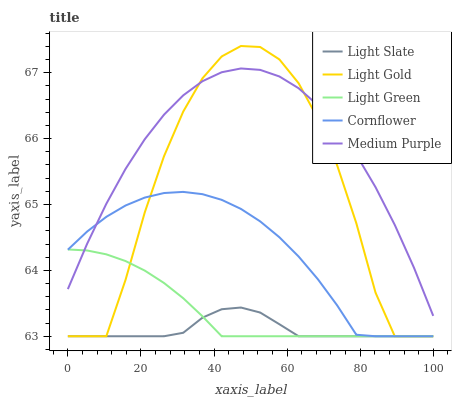
| xaxis_label | Light Slate | Light Gold | Light Green | Cornflower | Medium Purple |
 | --- | --- | --- | --- | --- | --- |
 | 0 | 63 | 63 | 64.3 | 64.3 | 63.7 |
 | 5.26 | 63 | 63 | 64.3 | 64.6 | 64.4 |
 | 10.5 | 63 | 63 | 64.2 | 64.8 | 65 |
 | 15.8 | 63 | 63.9 | 64.1 | 65 | 65.5 |
 | 21.1 | 63 | 64.9 | 64 | 65.1 | 66 |
 | 26.3 | 63 | 65.7 | 63.8 | 65.2 | 66.4 |
 | 31.6 | 63.1 | 66.4 | 63.6 | 65.2 | 66.7 |
 | 36.8 | 63.3 | 66.9 | 63.3 | 65.2 | 66.9 |
 | 42.1 | 63.4 | 67.2 | 63 | 65.1 | 67 |
 | 47.4 | 63.4 | 67.4 | 63 | 64.9 | 67.1 |
 | 52.6 | 63.4 | 67.4 | 63 | 64.7 | 67 |
 | 57.9 | 63.2 | 67.2 | 63 | 64.5 | 66.9 |
 | 63.2 | 63 | 66.8 | 63 | 64.2 | 66.8 |
 | 68.4 | 63 | 66.3 | 63 | 63.9 | 66.5 |
 | 73.7 | 63 | 65.6 | 63 | 63.5 | 66.2 |
 | 78.9 | 63 | 64.7 | 63 | 63 | 65.8 |
 | 84.2 | 63 | 63.7 | 63 | 63 | 65.3 |
 | 89.5 | 63 | 63 | 63 | 63 | 64.7 |
 | 94.7 | 63 | 63 | 63 | 63 | 64 |
 | 100 | 63 | 63 | 63 | 63 | 63.3 |